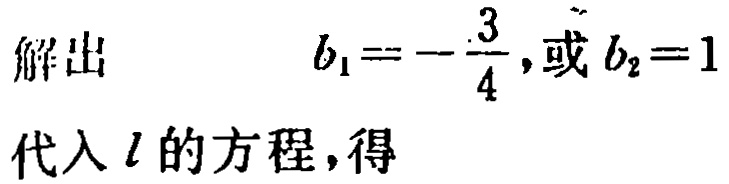
解出

\(b_{1}=-\frac{3}{4},\text{或 }b_{2}=1\)

代入 \(l\) 的方程，得